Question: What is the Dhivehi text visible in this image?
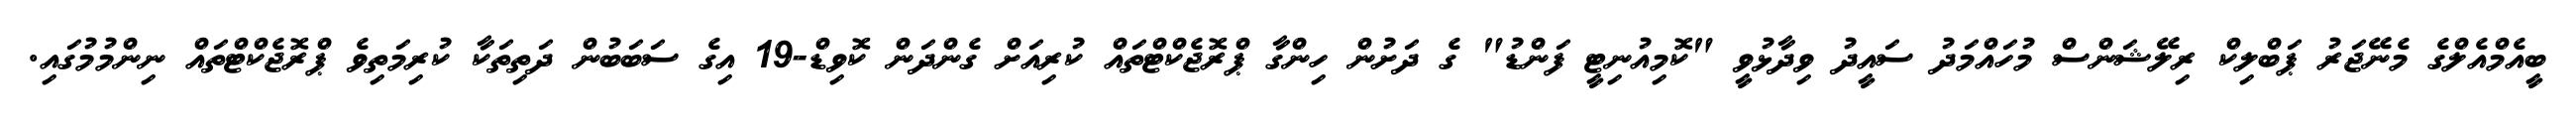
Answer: ބީއެމްއެލްގެ މެނޭޖަރު ޕަބްލިކް ރިލޭޝަންސް މުހައްމަދު ސައީދު ވިދާޅުވީ "ކޮމިއުނިޓީ ފަންޑު" ގެ ދަށުން ހިންގާ ޕްރޮޖެކްޓްތައް ކުރިއަށް ގެންދަން ކޮވިޑް-19 އިގެ ސަބަބުން ދަތިތަކާ ކުރިމަތިވެ ޕްރޮޖެކްޓްތައް ނިންމުމުގައި.